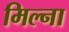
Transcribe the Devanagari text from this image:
मिल्ना